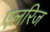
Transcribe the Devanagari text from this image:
एलरिज